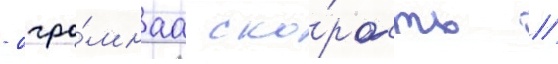
- огро́мнаа ско́рость //